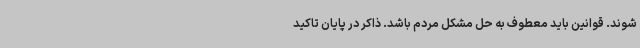
‌شوند. قوانین باید معطوف به حل مشکل مردم باشد. ذاکر در پایان تاکید